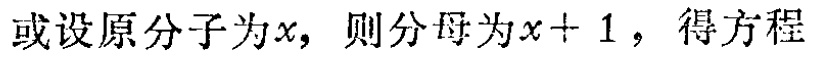
或设原分子为\(x\)，则分母为\(x + 1\)，得方程